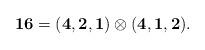
LaTeX: \begin{align*}{\bf 16} = ({\bf 4},{\bf 2},{\bf 1})\otimes ({\bf 4},{\bf 1},{\bf2}).\end{align*}